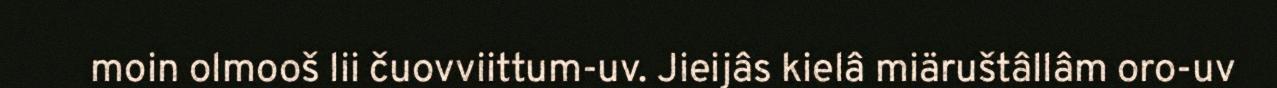
moin olmooš lii čuovviittum-uv. Jieijâs kielâ miäruštâllâm oro-uv